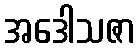
အဒေါသဇာ